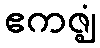
ဧကဇ္ဈံ